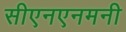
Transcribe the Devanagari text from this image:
सीएनएनमनी